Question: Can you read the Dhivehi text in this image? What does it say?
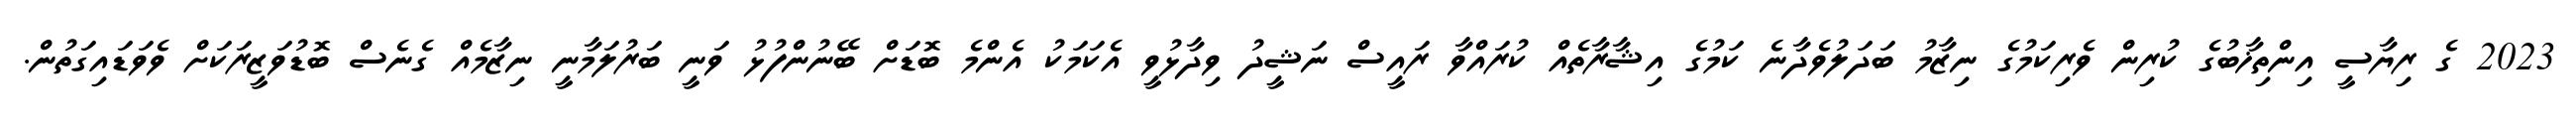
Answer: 2023 ގެ ރިޔާސީ އިންތިޚާބުގެ ކުރިން ވެރިކަމުގެ ނިޒާމު ބަދަލުވެދާނެ ކަމުގެ އިޝާރާތެއް ކުރައްވާ ރައީސް ނަޝީދު ވިދާޅުވީ އެކަމަކު އެންމެ ބޮޑަށް ބޭނުންފުޅު ވަނީ ބަރުލަމާނީ ނިޒާމެއް ގެނެސް ބޮޑުވަޒީރަކަށް ވެވަޑައިގަތުން.